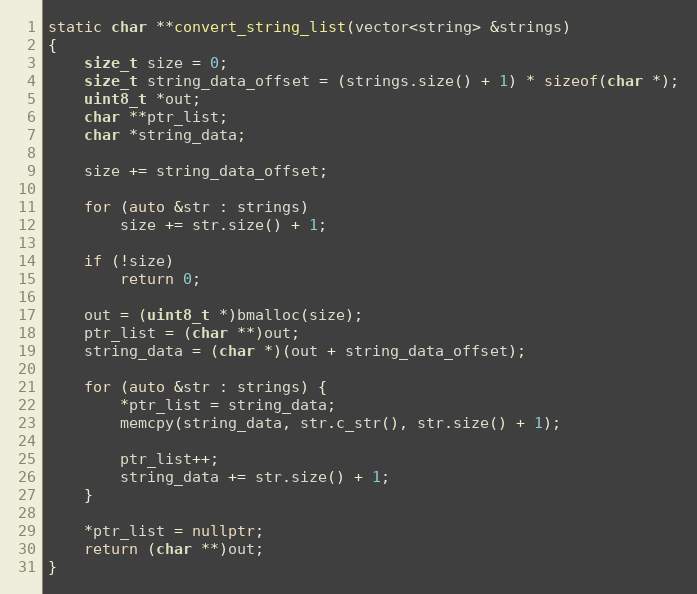
Language: C++
static char **convert_string_list(vector<string> &strings)
{
	size_t size = 0;
	size_t string_data_offset = (strings.size() + 1) * sizeof(char *);
	uint8_t *out;
	char **ptr_list;
	char *string_data;

	size += string_data_offset;

	for (auto &str : strings)
		size += str.size() + 1;

	if (!size)
		return 0;

	out = (uint8_t *)bmalloc(size);
	ptr_list = (char **)out;
	string_data = (char *)(out + string_data_offset);

	for (auto &str : strings) {
		*ptr_list = string_data;
		memcpy(string_data, str.c_str(), str.size() + 1);

		ptr_list++;
		string_data += str.size() + 1;
	}

	*ptr_list = nullptr;
	return (char **)out;
}